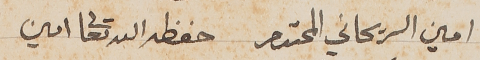
امين الريحاني المحترم	حفظه الله تعالى امين